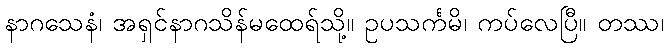
နာဂသေနံ၊ အရှင်နာဂသိန်မထေရ်သို့။ ဥပသင်္ကမိ၊ ကပ်လေပြီ။ တဿ၊